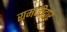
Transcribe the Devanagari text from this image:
रामजीद्वार